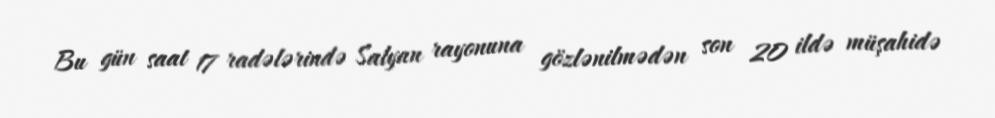
Bu gün saat 17 radələrində Salyan rayonuna gözlənilmədən son 20 ildə müşahidə